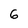
Character: 6